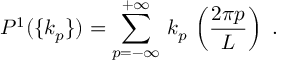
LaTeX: P ^ { 1 } ( \{ k _ { p } \} ) = \sum _ { p = - \infty } ^ { + \infty } \, k _ { p } \, \left( \frac { 2 \pi p } { L } \right) \ .